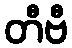
တီဗီ